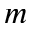
m